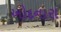
ખોદનારા